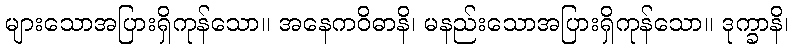
များသောအပြားရှိကုန်သော။ အနေကဝိဓာနိ၊ မနည်းသောအပြားရှိကုန်သော။ ဒုက္ခာနိ၊